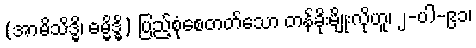
(အာမိသိဒ္ဓိ၊ ဓမ္မိဒ္ဓိ) ပြည့်စုံစေတတ်သော တန်ခိုးမျိုးလိုဟူ၊ ၂-ပါ-၉၁၊